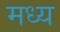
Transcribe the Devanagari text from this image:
मध्य